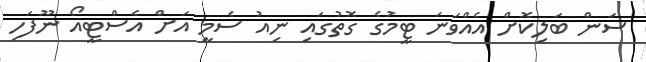
ސަން ބަލިކޮށް އެއްވަނަ ޓީމުގެ ގޮތުގައި ނިއު ސެމީ އަށް އެސްޓީއޯ ނޫފަހި